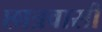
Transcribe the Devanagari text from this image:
छात्रवासी